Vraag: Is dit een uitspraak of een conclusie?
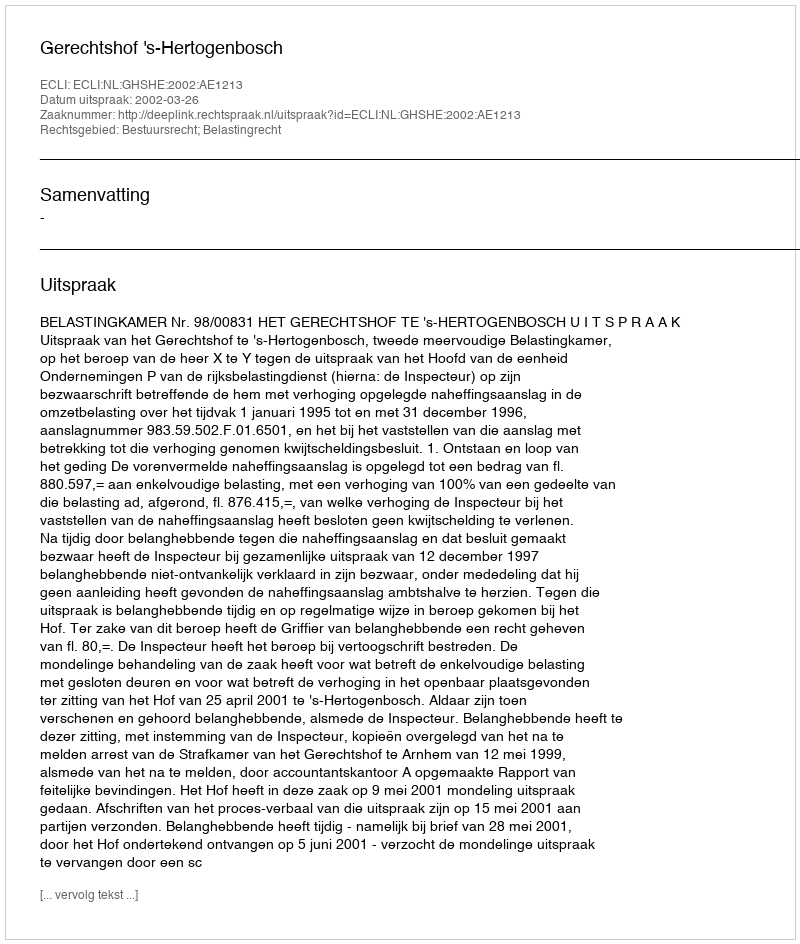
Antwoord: Uitspraak